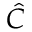
\hat { C }